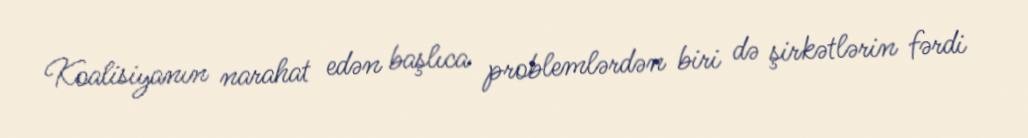
Koalisiyanın narahat edən başlıca problemlərdən biri də şirkətlərin fərdi